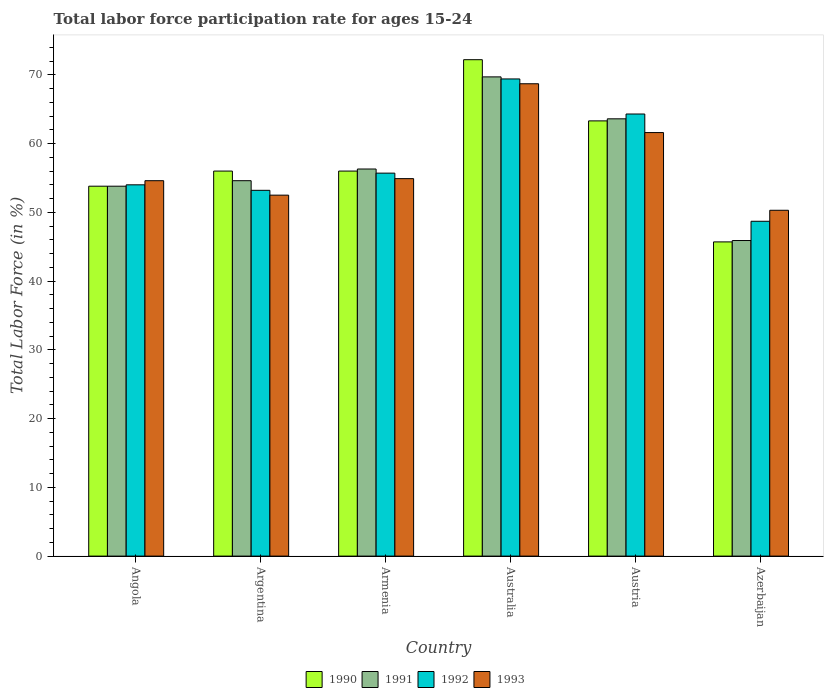
| Country | 1990 | 1991 | 1992 | 1993 |
 | --- | --- | --- | --- | --- |
 | Angola | 53.8 | 53.8 | 54 | 54.6 |
 | Argentina | 56 | 54.6 | 53.2 | 52.5 |
 | Armenia | 56 | 56.3 | 55.7 | 54.9 |
 | Australia | 72.2 | 69.7 | 69.4 | 68.7 |
 | Austria | 63.3 | 63.6 | 64.3 | 61.6 |
 | Azerbaijan | 45.7 | 45.9 | 48.7 | 50.3 |